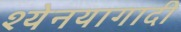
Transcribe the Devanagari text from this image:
श्येनयागादी